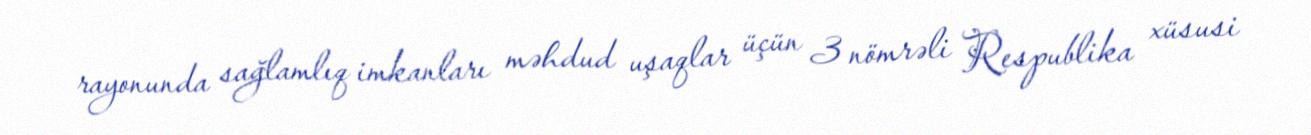
rayonunda sağlamlıq imkanları məhdud uşaqlar üçün 3 nömrəli Respublika xüsusi